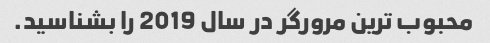
محبوب ترین مرورگر در سال 2019 را بشناسید.